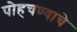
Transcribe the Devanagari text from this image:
पोहचण्याचे